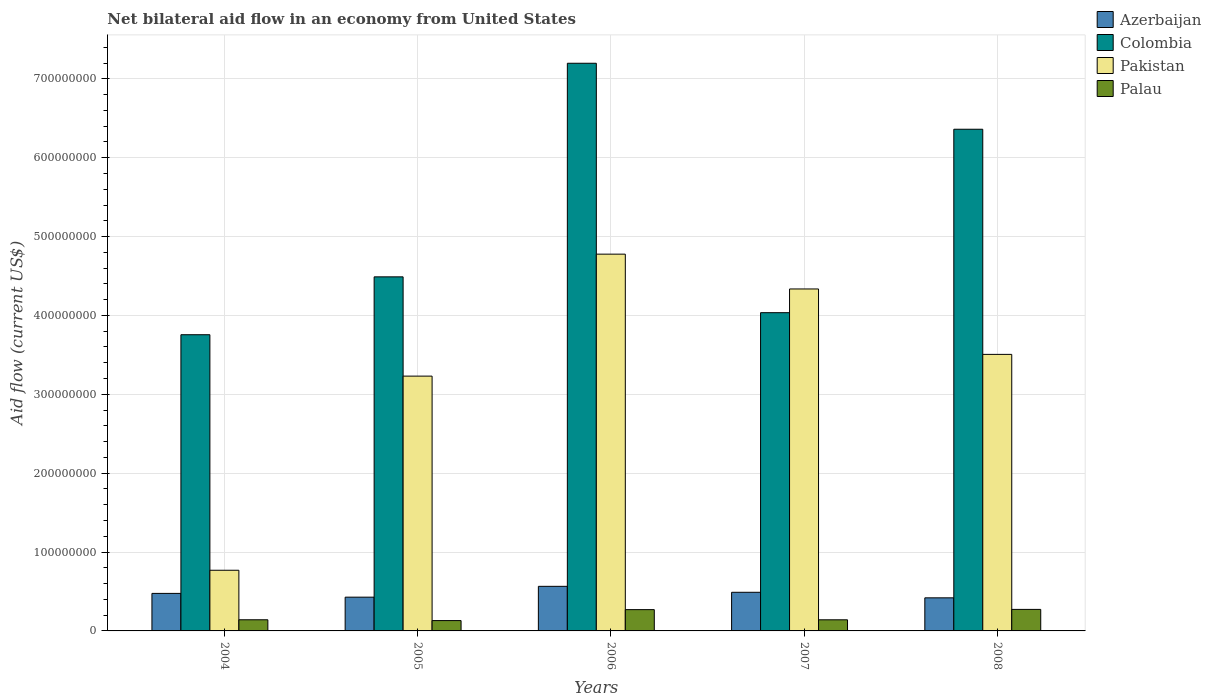
| Years | Azerbaijan | Colombia | Pakistan | Palau |
 | --- | --- | --- | --- | --- |
 | 2004 | 4.76e+07 | 3.76e+08 | 7.69e+07 | 1.41e+07 |
 | 2005 | 4.28e+07 | 4.49e+08 | 3.23e+08 | 1.31e+07 |
 | 2006 | 5.65e+07 | 7.2e+08 | 4.78e+08 | 2.7e+07 |
 | 2007 | 4.9e+07 | 4.04e+08 | 4.34e+08 | 1.41e+07 |
 | 2008 | 4.2e+07 | 6.36e+08 | 3.51e+08 | 2.73e+07 |